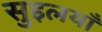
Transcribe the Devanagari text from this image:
सुइलयाँ